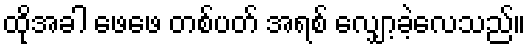
ထိုအခါ ဖေဖေ တစ်ပတ် အရစ် လျှော့ခဲ့လေသည်။